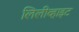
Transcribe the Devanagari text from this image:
लिलीव्हाइट